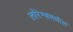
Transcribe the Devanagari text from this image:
लॉरेन्समधील